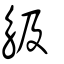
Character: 觙